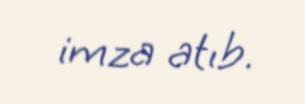
imza atıb.